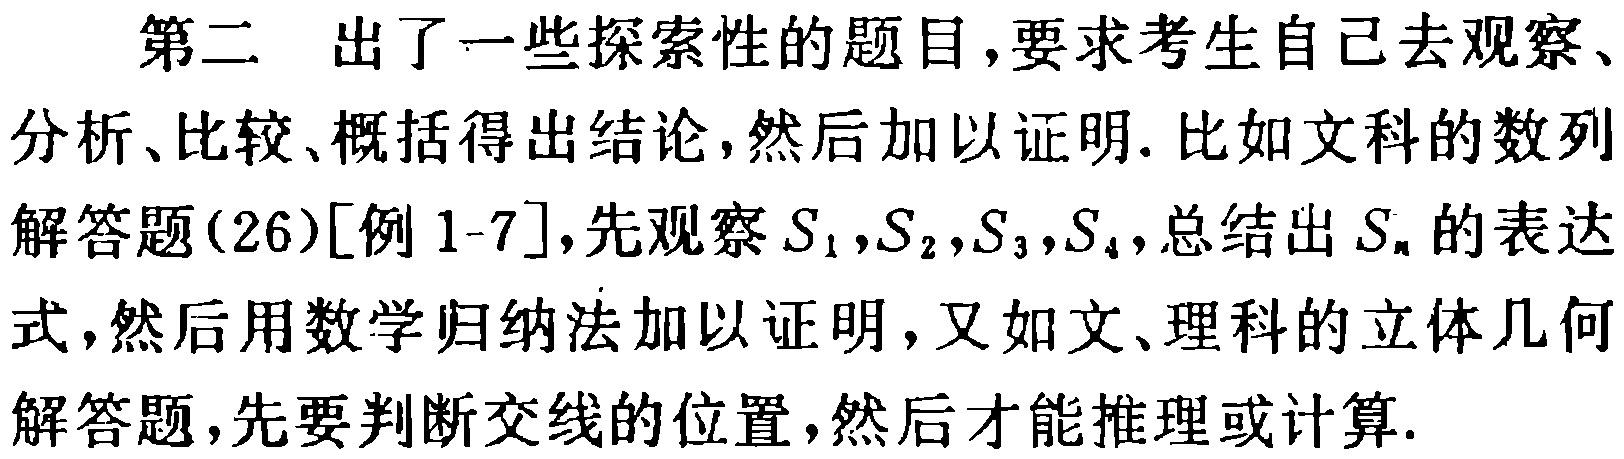
第二 出了一些探索性的题目,要求考生自己去观察、分析、比较、概括得出结论,然后加以证明. 比如文科的数列解答题(26)[例1-7],先观察\(S_{1},S_{2},S_{3},S_{4}\),总结出\(S_{n}\)的表达式,然后用数学归纳法加以证明,又如文、理科的立体几何解答题,先要判断交线的位置,然后才能推理或计算.